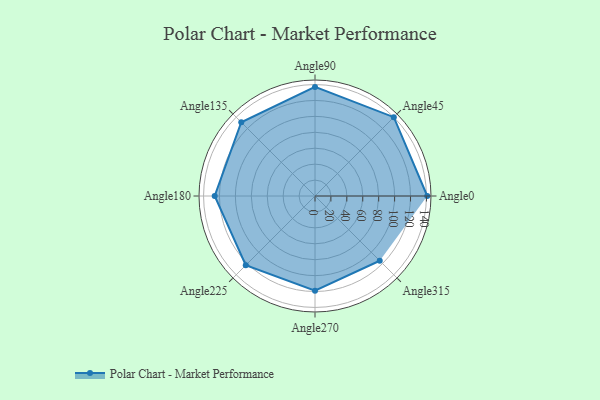
{"axis": {"x": "Angle", "y": "Radius"}, "legend": [""], "data": [{"x": "Angle0", "y": 141.0, "type": ""}, {"x": "Angle45", "y": 140.0, "type": ""}, {"x": "Angle90", "y": 137.0, "type": ""}, {"x": "Angle135", "y": 131.0, "type": ""}, {"x": "Angle180", "y": 126.0, "type": ""}, {"x": "Angle225", "y": 123.0, "type": ""}, {"x": "Angle270", "y": 119.0, "type": ""}, {"x": "Angle315", "y": 115.0, "type": ""}]}